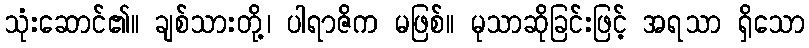
သုံးဆောင်၏။ ချစ်သားတို့၊ ပါရာဇိက မဖြစ်။ မုသာဆိုခြင်းဖြင့် အရသာ ရှိသော